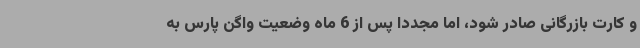
و کارت بازرگانی صادر شود، اما مجددا پس از 6 ماه وضعیت واگن پارس به